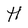
Character: H